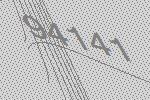
94141